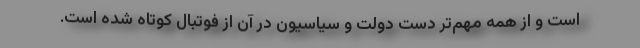
است و از همه مهم‌تر دست دولت و سیاسیون در آن از فوتبال کوتاه شده است.